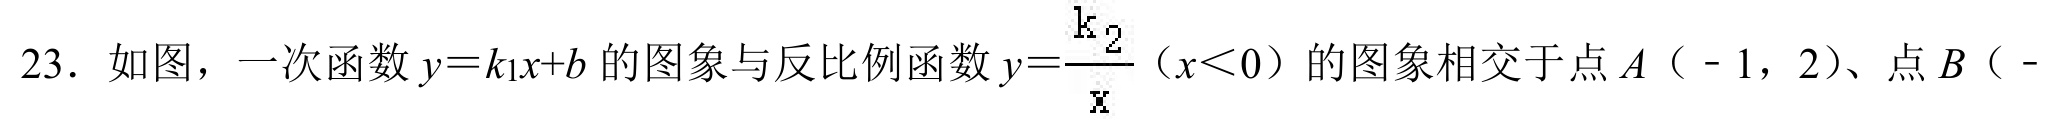
23．如图，一次函数$y = k_{1}x + b$的图象与反比例函数$y=\dfrac{k_{2}}{x}$（$x<0$）的图象相交于点$A（ - 1，2）$、点$B（ -  $